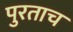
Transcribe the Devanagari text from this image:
पुरताच